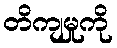
တိကျမှုကို